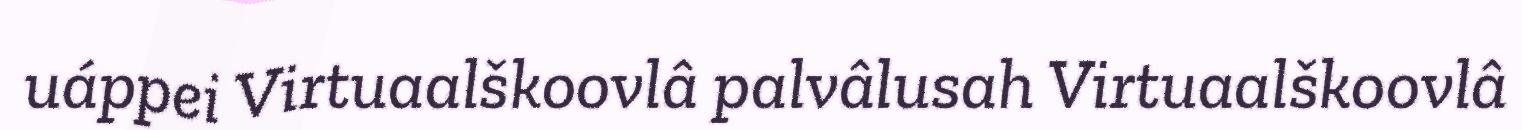
uáppei Virtuaalškoovlâ palvâlusah Virtuaalškoovlâ